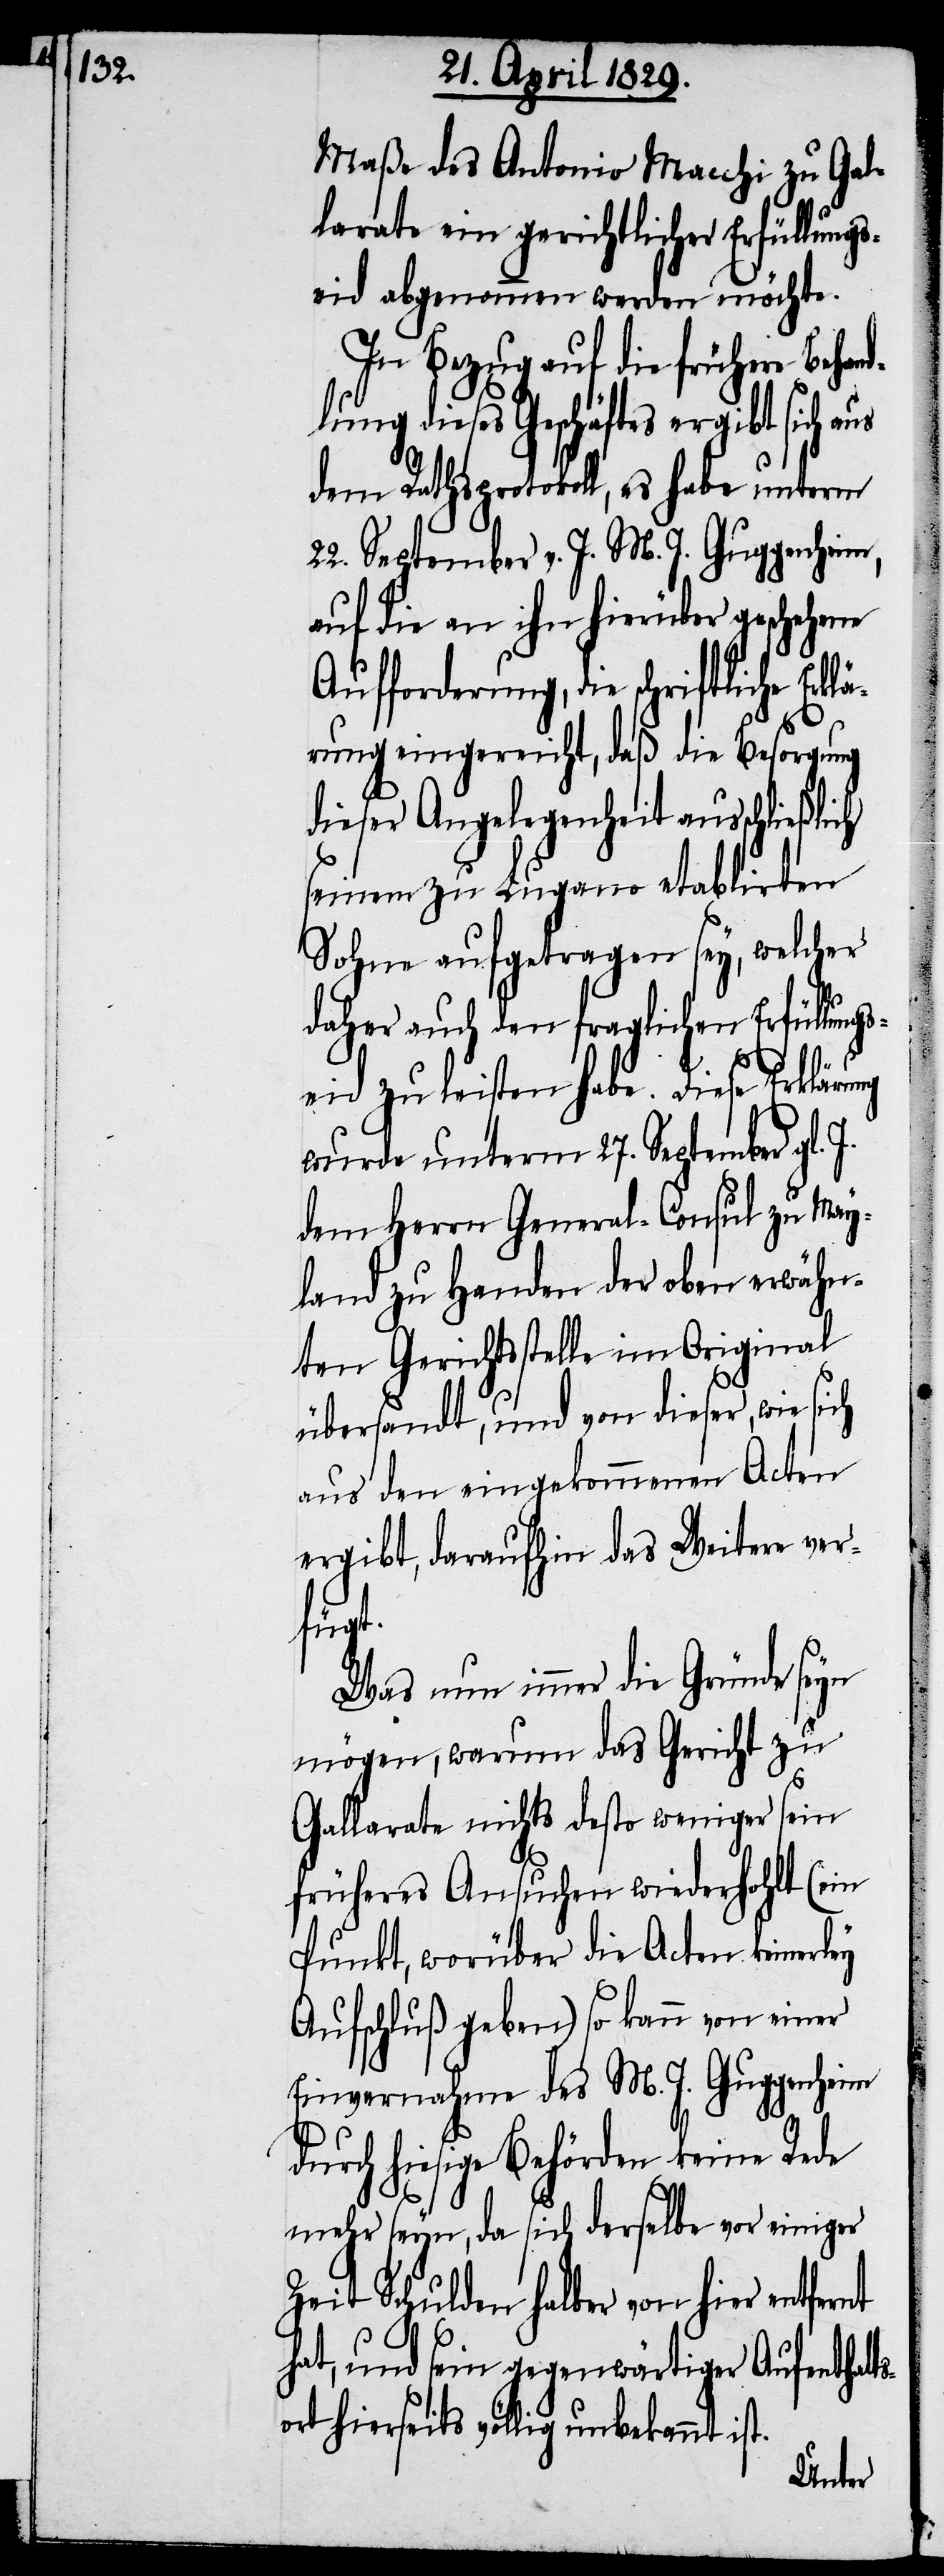
Maße des Antonio Macchi zu Gal¬
larate ein gerichtlicher Erfüllungs¬
eid abgenommen werden möchte.
In Bezug auf die frühere Behan¬
dlung dieses Geschäfts ergibt sich aus
dem Rathsprotokoll, es habe unterm
22. September v. J. M. J. Guggenheim,
auf die an ihn hierüber geschehene
Aufforderung, die schriftliche Erk¬
lärung eingereicht, daß die Besorgung
dieser Angelegenheit ausschließlich
seinem zu Lugano etablirten
Sohne aufgetragen sey, welcher
daher auch den fraglichen Erfüllungs¬
eid zu leisten habe. Diese Erklärung
wurde unterm 27. September gl. J.
dem Herrn General-Consul zu May¬
land zu Handen der oben erwähn¬
ten Gerichtsstelle im Original
übersandt, und von dieser, wie sich
aus den eingekommenen Acten
ergibt, daraufhin das Weitere ver¬
fügt.
Was nun immer die Gründe seyn
mögen, warum das Gericht zu
Gallarate nichts desto weniger sein
früheres Ansuchen wiederholt (ein
Punkt, worüber die Acten keinerley
Aufschluß geben) so kann vor einer
Einvernahme des M. J. Guggenheim
durch hiesige Behörde keine Rede
mehr seyn, da sich derselbe vor einiger
Zeit Schulden halber von hier entfernt
hat, und sein gegenwärtiger Aufenthalt¬
sort hierseits völlig unbekannt ist.